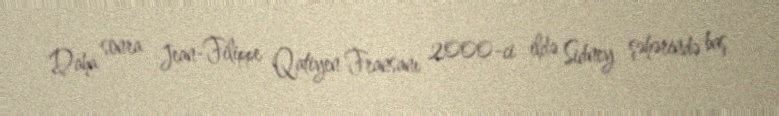
Daha sonra Jean-Filippe Qatiyen Fransanı 2000-ci ildə Sidney şəhərində baş